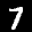
Label: 7